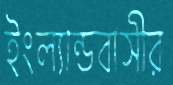
ইংল্যান্ডবাসীর